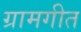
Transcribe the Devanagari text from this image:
ग्रामगीत